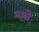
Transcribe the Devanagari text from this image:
मानैः